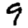
Digit: 9